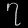
Digit: ၇